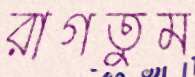
রাগতুম